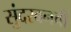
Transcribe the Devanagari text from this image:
सुंदरबनची